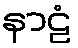
နာဠံ